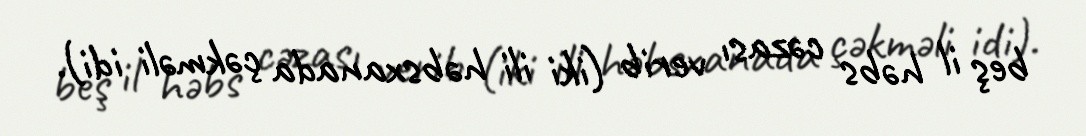
beş il həbs cəzası verib (iki ili həbsxanada çəkməli idi).